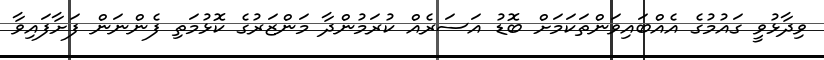
ވިދާޅުވީ ގައުމުގެ އެއްބައިވަންތަކަމަށް ބޮޑު އަސަރެއް ކުރަމުންދާ މަންޒަރުގެ ކޮޅުމަތި ފެންނަން ފަށާފައިވާ